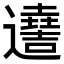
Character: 𨘫